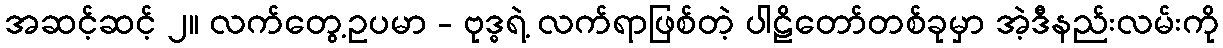
အဆင့်ဆင့် ၂။ လက်တွေ့ဥပမာ - ဗုဒ္ဓရဲ့ လက်ရာဖြစ်တဲ့ ပါဠိတော်တစ်ခုမှာ အဲ့ဒီနည်းလမ်းကို